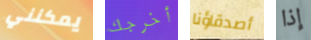
يمكنني أخرجك أصدقاؤنا إذا